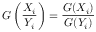
G \left( { \frac { X _ { i } } { Y _ { i } } } \right) = { \frac { G ( X _ { i } ) } { G ( Y _ { i } ) } }